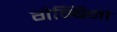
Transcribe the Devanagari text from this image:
गैम्बिनो